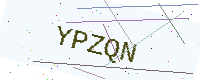
Text: YPZQN